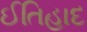
ઈતિહાદ